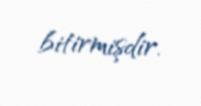
bitirmişdir.